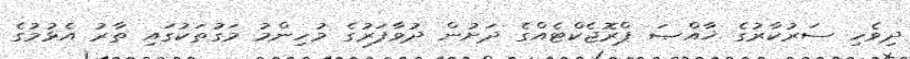
ދިވެހި ސަރުކާރުގެ ޚާއްޞަ ޕްރޮޖެކްޓެއްގެ ދަށުން ދުވާފަރުގެ މުހިންމު މަގުތަކުގައި ތާރު އެޅުމުގެ